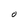
Character: O